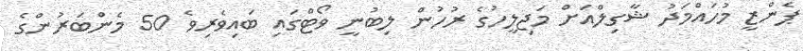
ޕެންޒީ މުހައްމަދު ޝާގިލްއަށް މަޖިލީހުގެ ރުހުން ލިބުނީ ވޯޓްގައި ބައިވެރިވެ 50 މެންބަރުންގެ